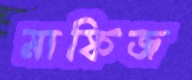
মাফিজ